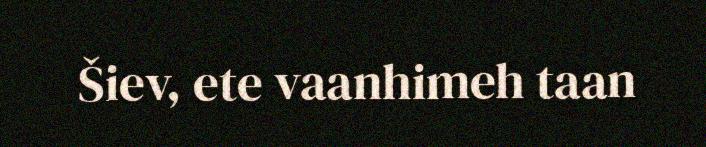
Šiev, ete vaanhimeh taan